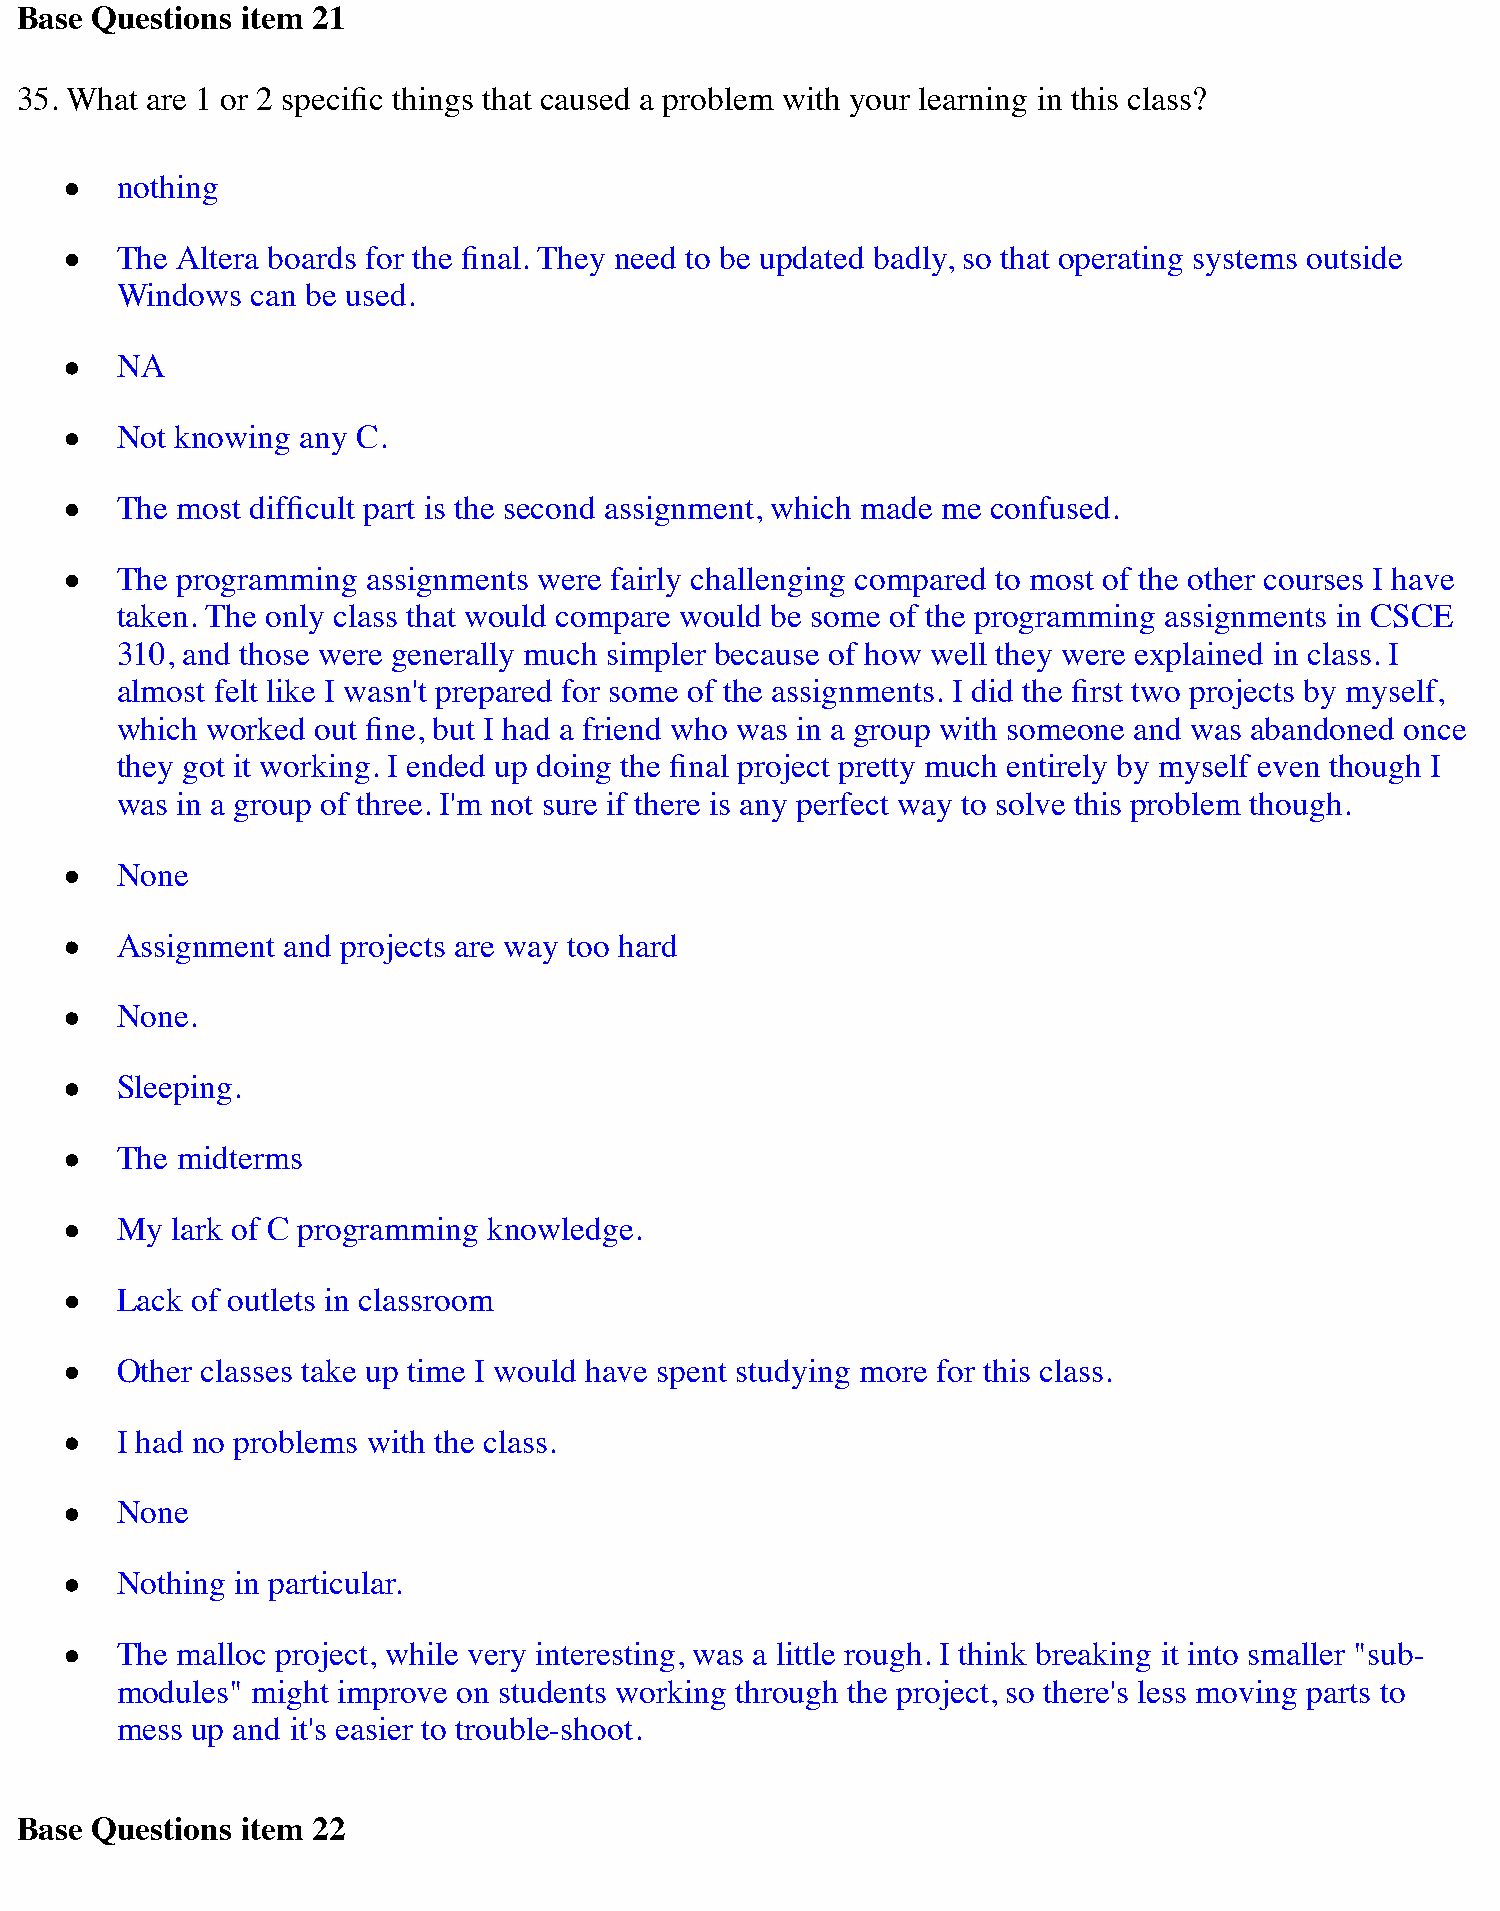
Base Questions item 21
 35. What are 1 or 2 specific things that caused a problem with your learning in this class?
 nothing
 The Altera boards for the final. They need to be updated badly, so that operating systems outside
 Windows  can be used.
 NA
 Not knowing any C.
 The most difficult part is the second assignment, which made me confused.
 The programming assignments were fairly challenging compared to most of the other courses I have
 taken. The only class that would compare would be some of the programming assignments in CSCE
 310, and those were generally much simpler because of how well they were explained in class. I
 almost felt like I wasn't prepared for some of the assignments. I did the first two projects by myself,
 which worked out fine, but I had a friend who was in a group with someone and was abandoned once
 they got it working. I ended up doing the final project pretty much entirely by myself even though I
 was in a group of three. I'm not sure if there is any perfect way to solve this problem though.
 None
 Assignment and projects are way too hard
 None.
 Sleeping.
 The midterms
 My lark of C programming knowledge.
 Lack of outlets in classroom
 Other classes take up time I would have spent studying more for this class.
 I had no problems with the class.
 None
 Nothing in particular.
 The malloc project, while very interesting, was a little rough. I think breaking it into smaller "sub-
 modules" might improve on students working through the project, so there's less moving parts to
 mess up and it's easier to trouble-shoot.
 Base Questions item 22